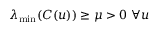
\lambda _ { \operatorname* { m i n } } ( C ( u ) ) \geq \mu > 0 \ \forall u